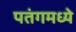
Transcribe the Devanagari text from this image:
पतंगमध्ये